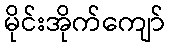
မိုင်းအိုက်ကျော်